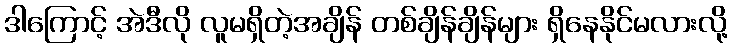
ဒါကြောင့် အဲဒီလို လူမရှိတဲ့အချိန် တစ်ချိန်ချိန်များ ရှိနေနိုင်မလားလို့